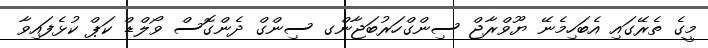
މީގެ ތެރޭގައި އެބަހިމެނޭ ޔޫވްރާޖް ސިންގްހަރުބަޖާންގ ސިންގް ދެންގޮސް ވޯލްޑް ކަޕް ކުޅެފައިވާ